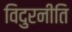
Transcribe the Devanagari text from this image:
विदुरनीति